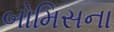
બોમિસના